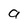
Character: 9